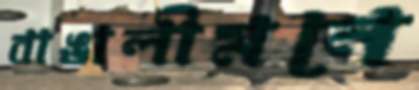
বাঙালীমনে